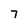
Character: 7